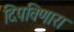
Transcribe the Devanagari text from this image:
दिपविणारा